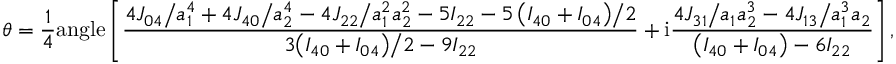
\theta = \frac { 1 } { 4 } \mathrm { { a n g l e } } \left[ \frac { { { { 4 { J _ { 0 4 } } } \mathord { \left/ { \vphantom { { 4 { J _ { 0 4 } } } { a _ { 1 } ^ { 4 } } } } \right. \kern - \nulldelimiterspace } { a _ { 1 } ^ { 4 } } } + { { 4 { J _ { 4 0 } } } \mathord { \left/ { \vphantom { { 4 { J _ { 4 0 } } } { a _ { 2 } ^ { 4 } } } } \right. \kern - \nulldelimiterspace } { a _ { 2 } ^ { 4 } } } - { { 4 { J _ { 2 2 } } } \mathord { \left/ { \vphantom { { 4 { J _ { 2 2 } } } { a _ { 1 } ^ { 2 } a _ { 2 } ^ { 2 } } } } \right. \kern - \nulldelimiterspace } { a _ { 1 } ^ { 2 } a _ { 2 } ^ { 2 } } } - 5 { I _ { 2 2 } } - { { 5 \left( { { I _ { 4 0 } } + { I _ { 0 4 } } } \right) } \mathord { \left/ { \vphantom { { 5 \left( { { I _ { 4 0 } } + { I _ { 0 4 } } } \right) } 2 } } \right. \kern - \nulldelimiterspace } 2 } } } { { 3 { { \left( { { I _ { 4 0 } } + { I _ { 0 4 } } } \right) } \mathord { \left/ { \vphantom { { \left( { { I _ { 4 0 } } + { I _ { 0 4 } } } \right) } 2 } } \right. \kern - \nulldelimiterspace } 2 } - 9 { I _ { 2 2 } } } } + { \mathrm { i } } \frac { { { { 4 { J _ { 3 1 } } } \mathord { \left/ { \vphantom { { 4 { J _ { 3 1 } } } { { a _ { 1 } } a _ { 2 } ^ { 3 } } } } \right. \kern - \nulldelimiterspace } { { a _ { 1 } } a _ { 2 } ^ { 3 } } } - { { 4 { J _ { 1 3 } } } \mathord { \left/ { \vphantom { { 4 { J _ { 1 3 } } } { a _ { 1 } ^ { 3 } { a _ { 2 } } } } } \right. \kern - \nulldelimiterspace } { a _ { 1 } ^ { 3 } { a _ { 2 } } } } } } { { \left( { { I _ { 4 0 } } + { I _ { 0 4 } } } \right) - 6 { I _ { 2 2 } } } } \right] ,